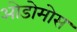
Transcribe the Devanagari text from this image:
ओडोमोस